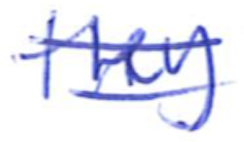
Text: they
Cross-out: double-line
Writing tool: ballpoint